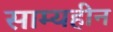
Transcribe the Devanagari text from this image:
साम्यहीन